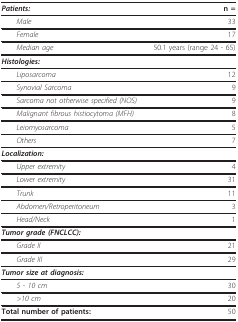
| Patients: | n = |
 | --- | --- |
 | Male | 33 |
 | Female | 17 |
 | Median age | 50.1 years (range 24 - 65) |
 | Histologies: |  |
 | Liposarcoma | 12 |
 | Synovial Sarcoma | 9 |
 | Sarcoma not otherwise specified (NOS) | 9 |
 | Malignant fibrous histiocytoma (MFH) | 8 |
 | Leiomyosarcoma | 5 |
 | Others | 7 |
 | Localization: |  |
 | Upper extremity | 4 |
 | Lower extremity | 31 |
 | Trunk | 11 |
 | Abdomen/Retroperitoneum | 3 |
 | Head/Neck | 1 |
 | Tumor grade (FNCLCC): |  |
 | Grade II | 21 |
 | Grade III | 29 |
 | Tumor size at diagnosis: |  |
 | 5 - 10 cm | 30 |
 | >10 cm | 20 |
 | Total number of patients: | 50 |